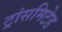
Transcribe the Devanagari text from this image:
ट्रांसमिटेड